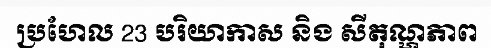
ប្រហែល 23 បរិយាកាស និង សីតុណ្ហភាព